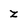
Character: z